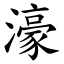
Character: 濠